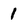
Character: 1